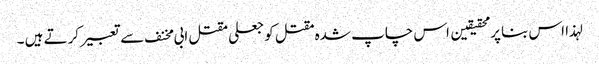
لہذا اس بنا پر محقیقین اس چاپ شدہ مقتل کو جعلی مقتل ابی مخنف سے تعبیر کرتے ہیں ۔